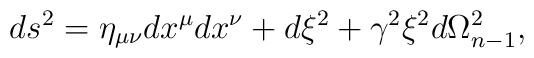
ds^2=\eta_{\mu\nu}dx^\mu dx^\nu +d\xi^2+\gamma^2 \xi^2d\Omega_{n-1}^2,